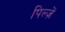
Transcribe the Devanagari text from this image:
पिल्ज़ें